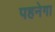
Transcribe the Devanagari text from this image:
पहनेगा